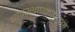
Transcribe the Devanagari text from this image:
व्यवस्थापनांकडून